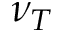
\nu _ { T }